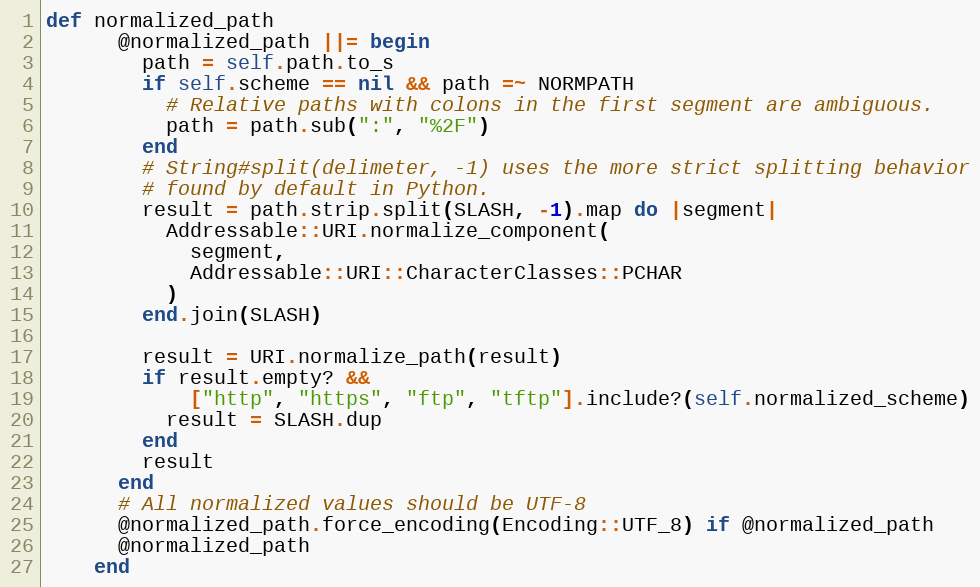
Language: Ruby
def normalized_path
      @normalized_path ||= begin
        path = self.path.to_s
        if self.scheme == nil && path =~ NORMPATH
          # Relative paths with colons in the first segment are ambiguous.
          path = path.sub(":", "%2F")
        end
        # String#split(delimeter, -1) uses the more strict splitting behavior
        # found by default in Python.
        result = path.strip.split(SLASH, -1).map do |segment|
          Addressable::URI.normalize_component(
            segment,
            Addressable::URI::CharacterClasses::PCHAR
          )
        end.join(SLASH)

        result = URI.normalize_path(result)
        if result.empty? &&
            ["http", "https", "ftp", "tftp"].include?(self.normalized_scheme)
          result = SLASH.dup
        end
        result
      end
      # All normalized values should be UTF-8
      @normalized_path.force_encoding(Encoding::UTF_8) if @normalized_path
      @normalized_path
    end